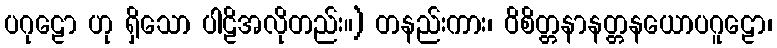
ပဂုဠော ဟု ရှိသော ပါဠိအလိုတည်း။) တနည်းကား၊ ဝိစိတ္တနာနတ္တနယောပဂူဠော၊